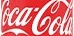
CocaCola